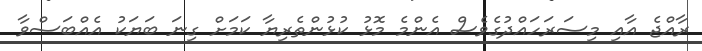
ރާއްޖެ އާއި މިސަރަހައްދުގެވެސް އެންމެ މޮޅު ކުޅުންތެރިޔާ ކަމަށް ގިނަ ބަޔަކު އެއްބަސްވާ